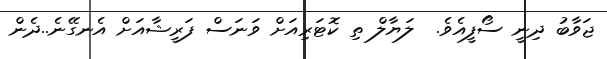
ޖަވާބު ދިނީ ސޯފީއެވެ.  ލަޔާލް ތި ކޮޓަރިއަށް ވަނަސް ފަރީޝާއަށް އެނގޭނެ..ދެން